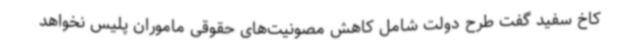
کاخ سفید گفت طرح دولت شامل کاهش مصونیت‌های حقوقی ماموران پلیس نخواهد